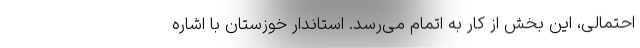
احتمالی، این بخش از کار به اتمام می‌رسد. استاندار خوزستان با اشاره